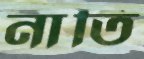
নাতি